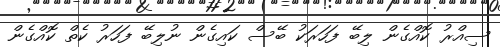
ސިއްރު ކޮއްގެން ލިބޭ ފަހަރަކު ބޭސް ކައިގެން ނުލިބޭ ފަހަރު ކެތް ކޮެއްގެން